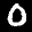
Digit: 0